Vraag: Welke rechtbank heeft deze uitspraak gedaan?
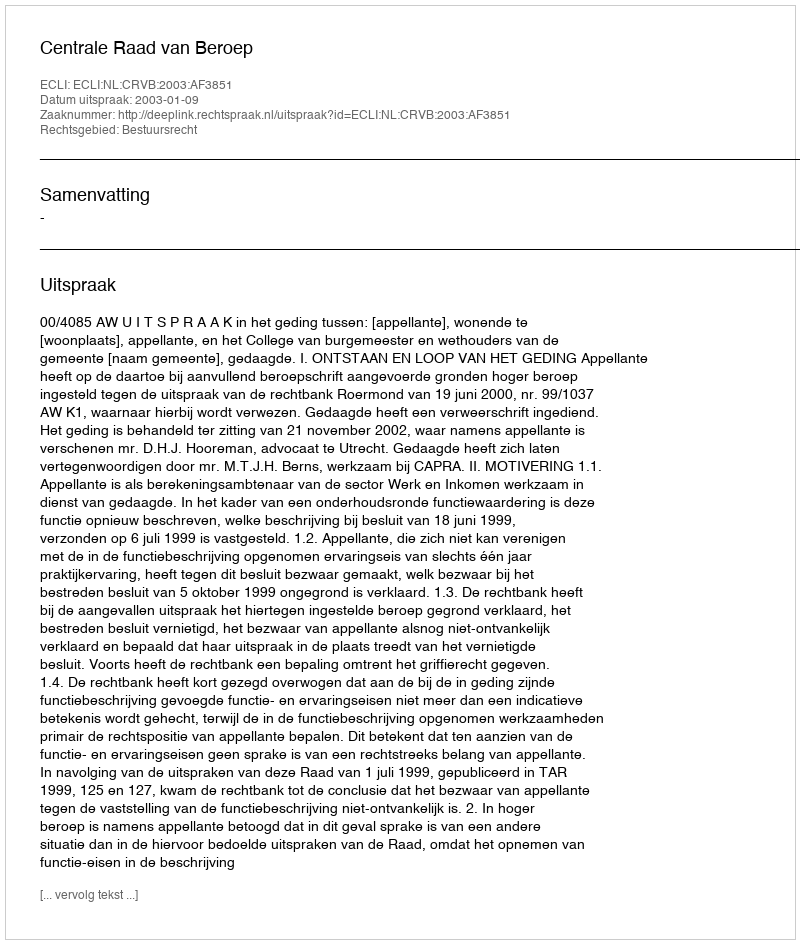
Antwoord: Centrale Raad van Beroep